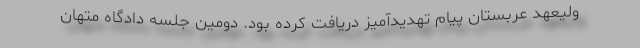
ولیعهد عربستان پیام تهدیدآمیز دریافت کرده بود. دومین جلسه دادگاه متهان